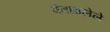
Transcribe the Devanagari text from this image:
वैतागलेले